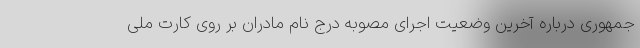
جمهوری درباره آخرین وضعیت اجرای مصوبه درج نام مادران بر روی کارت ملی